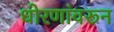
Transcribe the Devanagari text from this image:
धोरणांवरून